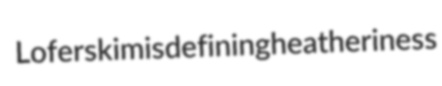
Loferski misdefining heatheriness